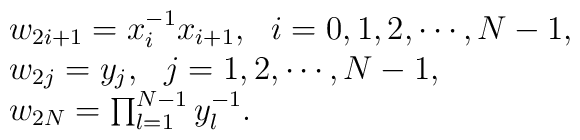
\begin{array}{l}w_{2i+1}=x^{-1}_ix_{i+1},~~i=0,1,2,\cdots,N-1, \\w_{2j}=y_j,~~j=1,2,\cdots,N-1, \\w_{2N}=\prod^{N-1}_{l=1}y^{-1}_l.\end{array}